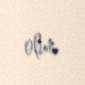
olur.